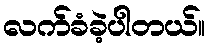
လက်ခံခဲ့ပါတယ်။